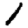
Digit: 1